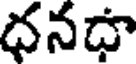
ధనధా